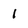
Character: 1